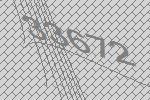
33672